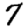
Digit: 7